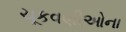
ચૂકવણીઓના